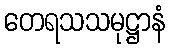
တေရသသမုဋ္ဌာနံ